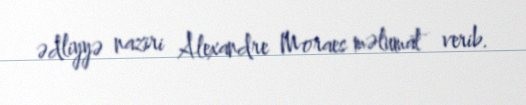
ədliyyə naziri Alexandre Moraes məlumat verib.